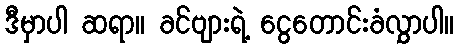
ဒီမှာပါ ဆရာ။ ခင်ဗျားရဲ့ ငွေတောင်းခံလွှာပါ။